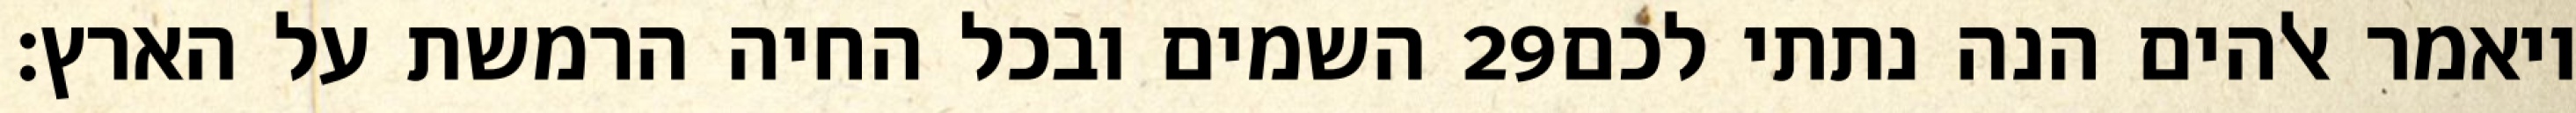
השמים ובכל החיה הרמשת על הארץ׃ ‎29‏ ויאמר אלהים הנה נתתי לכם